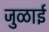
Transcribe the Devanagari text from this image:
जुळाई